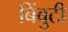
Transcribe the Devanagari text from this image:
बिंबुटी